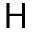
\mathsf { H }